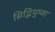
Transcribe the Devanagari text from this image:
सिद्धिथुम्का